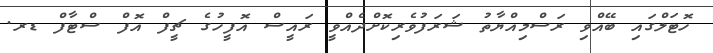
ހޮޓަލްގައި ބޭއްވި ރަސްމިއްޔާތު ޝަރަފުވެރިކޮށްދެއްވީ ރައީސް އޮފީހުގެ ޗީފް އޮފް ސްޓާފް ޑރ.